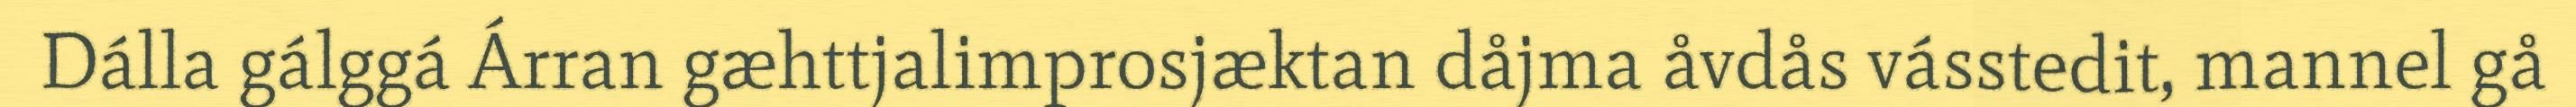
Dálla gálggá Árran gæhttjalimprosjæktan dåjma åvdås vásstedit, mannel gå